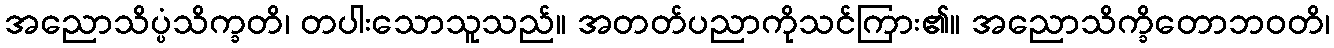
အညောသိပ္ပံသိက္ခတိ၊ တပါးသောသူသည်။ အတတ်ပညာကိုသင်ကြား၏။ အညောသိက္ခိတောဘဝတိ၊